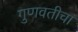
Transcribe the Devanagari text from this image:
गुणवतीचा